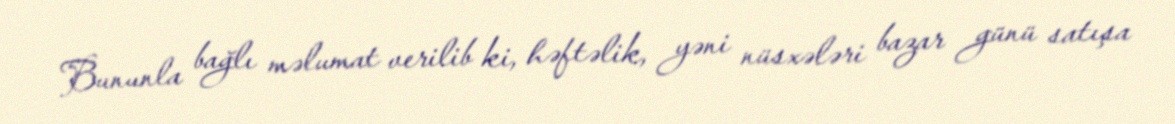
Bununla bağlı məlumat verilib ki, həftəlik, yəni nüsxələri bazar günü satışa